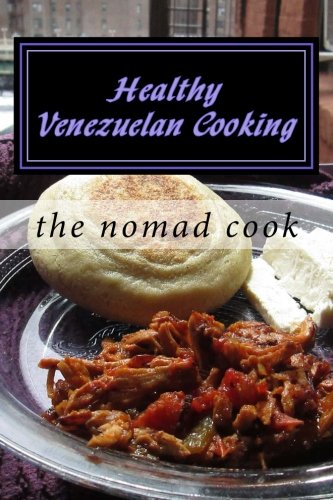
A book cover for Healthy Venezuelan Cooking; The Nomad Cook; Cookbooks, Food & Wine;